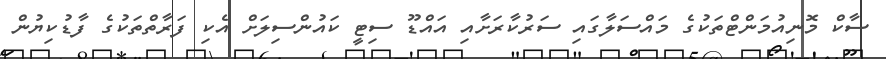
ސާކް މޮނިއުމަންޓްތަކުގެ މައްސަލާގައި ސަރުކާރަށާއި އައްޑޫ ސިޓީ ކައުންސިލަށް އެކި ފަރާތްތަކުގެ ފާޑުކިޔުން